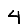
Digit: 4